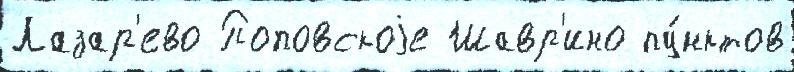
Лазар'ево Поповскоjе Шавр'ино пу́нктов